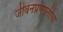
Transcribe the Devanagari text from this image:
जीवनप्रणालीचा